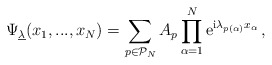
\begin{align*}\Psi_{\underline{\lambda}}(x_1,...,x_N) = \sum_{p\in\mathcal{P}_N} A_p\prod_{\alpha = 1}^N\mathrm{e}^{\mathrm{i}\lambda_{p(\alpha)}x_\alpha}\,,\end{align*}